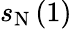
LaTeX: s_{\mathrm{N}}\, (1)